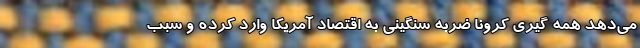
می‌دهد همه گیری کرونا ضربه سنگینی به اقتصاد آمریکا وارد کرده و سبب